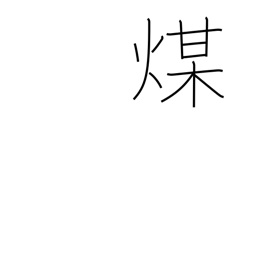
Meaning: soot